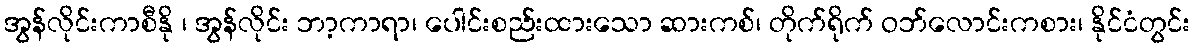
အွန်လိုင်းကာစီနို ၊ အွန်လိုင်း ဘာ့ကာရာ၊ ပေါင်းစည်းထားသော ဆားကစ်၊ တိုက်ရိုက် ဝဘ်လောင်းကစား၊ နိုင်ငံတွင်း